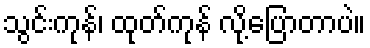
သွင်းကုန်၊ ထုတ်ကုန် လို့ပြောတာပဲ။